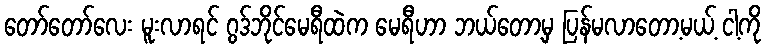
တော်တော်လေး မူးလာရင် ဂွဒ်ဘိုင်မေရီထဲက မေရီဟာ ဘယ်တော့မှ ပြန်မလာတော့မယ့် ငါ့ကို